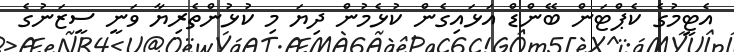
އެޓީމުގެ ކެޕްޓަން ބޭންޑް އަޅައިގެން ކުޅެމުން ދިޔަ މި ކުޅުންތެރިޔާ ވަނީ ސީޒަނުގެ